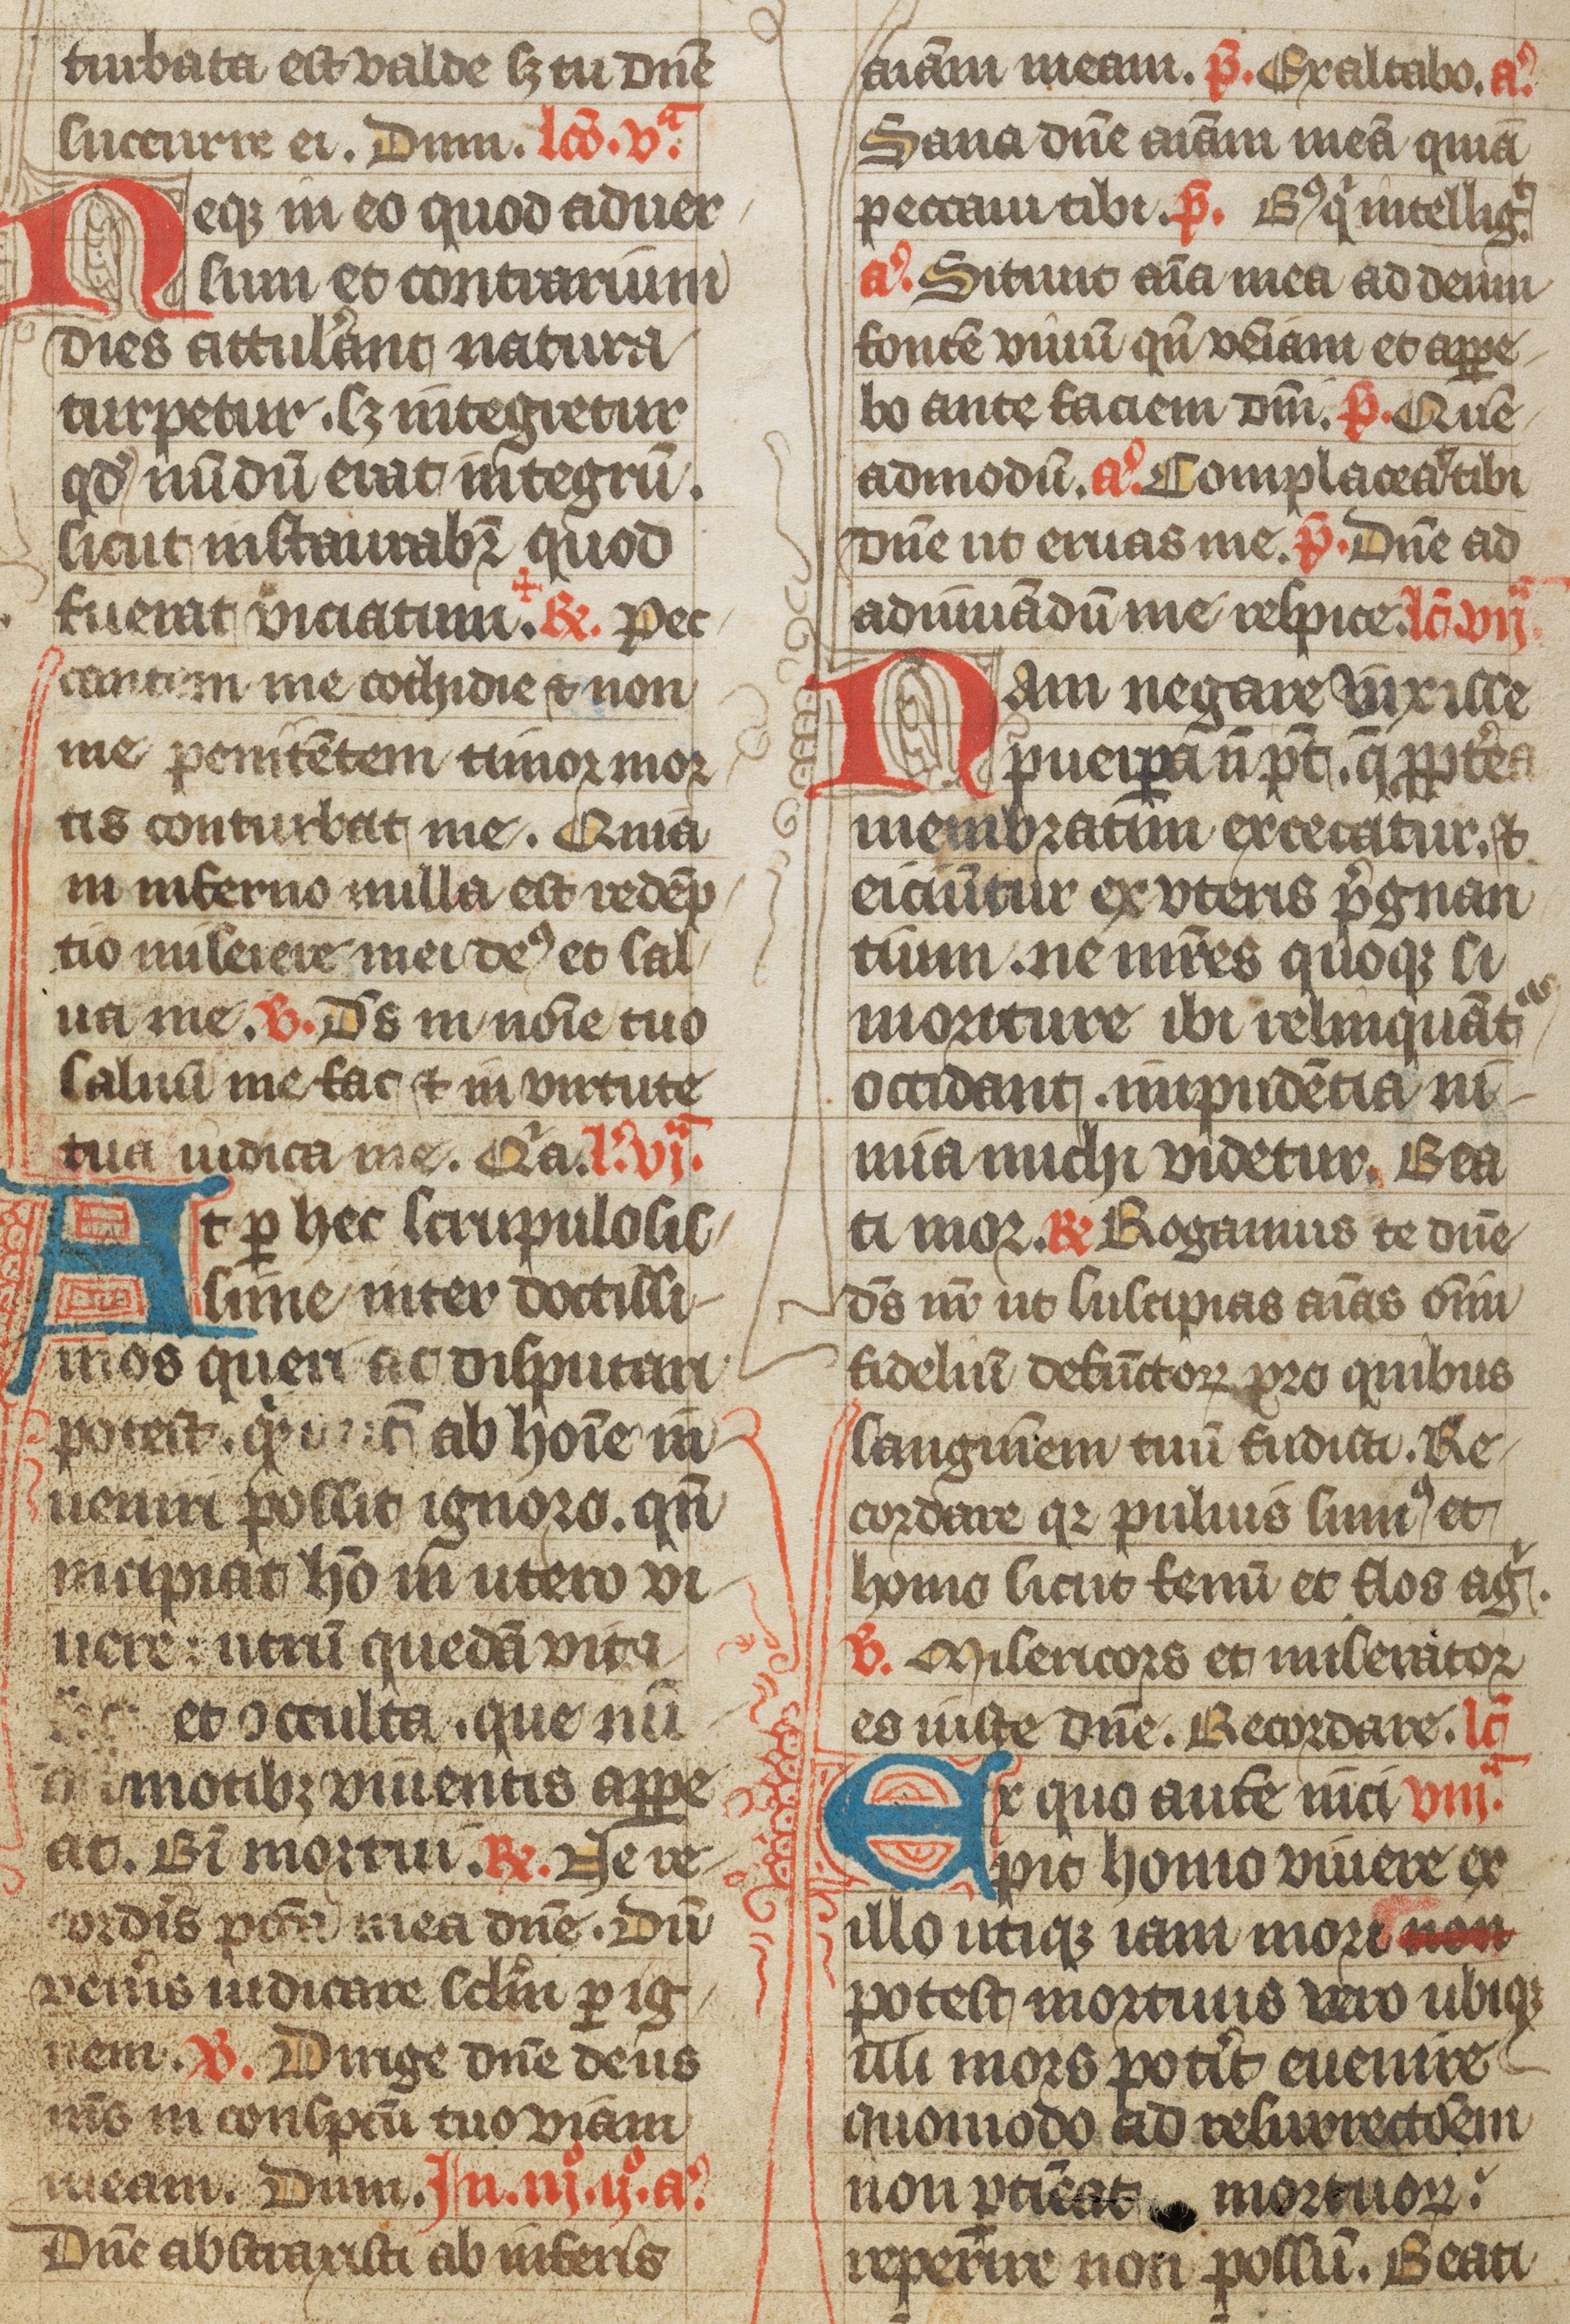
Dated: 1385–1415